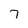
Character: 7